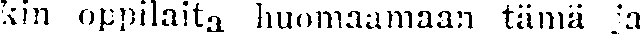
kin oppilaita huomaamaan tämä ja